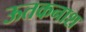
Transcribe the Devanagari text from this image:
ऊतकनाश